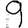
Digit: 9